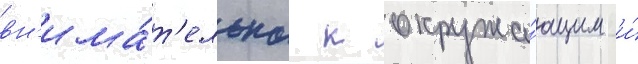
вн'има́т'ельна к окружа́ющим и́